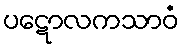
ပဋောလကသာဝံ